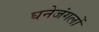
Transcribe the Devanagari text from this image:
घनेजंगलों